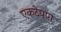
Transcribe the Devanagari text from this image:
एकटेपण